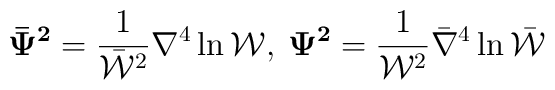
{\bf\bar\Psi^2} =\frac{1}{\bar{\cal W}^{2}}\nabla^{4}\ln{\cal W},\:{\bf\Psi^2} =\frac{1}{ {\cal W}^{2}}\bar\nabla^{4}\ln\bar{\cal W}